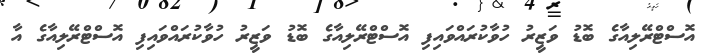
އޮސްޓްރޭލިއާގެ ބޮޑު ވަޒީރު ހުވާކުރައްވައިފި އޮސްޓްރޭލިއާގެ ބޮޑު ވަޒީރު ހުވާކުރައްވައިފި އޮސްޓްރޭލިއާގެ އާ